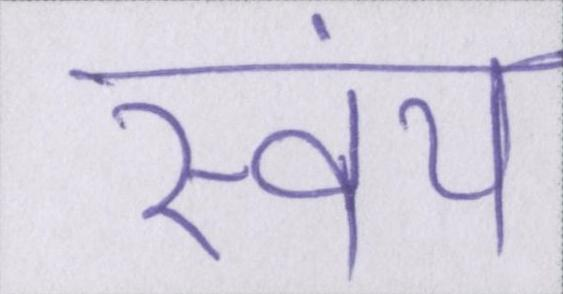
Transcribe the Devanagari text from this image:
स्वंय